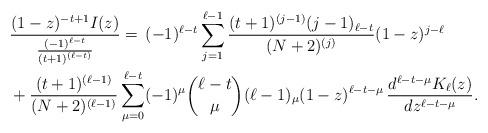
LaTeX: \begin{align*}&\frac{(1-z)^{-t+1}I(z)}{\tfrac{(-1)^{\ell-t}}{(t+1)^{(\ell-t)}}}=\,(-1)^{\ell-t}\sum_{j=1}^{\ell-1}\frac{(t+1)^{(j-1)}(j-1)_{\ell-t}}{(N+2)^{(j)}}(1-z)^{j-\ell}\\&+\frac{(t+1)^{(\ell-1)}}{(N+2)^{(\ell-1)}}\sum_{\mu=0}^{\ell-t}(-1)^{\mu}\binom{\ell-t}{\mu}(\ell-1)_{\mu}(1-z)^{\ell-t-\mu}\,\frac{d^{\ell-t-\mu} K_{\ell}(z)}{dz^{\ell-t-\mu}}.\\\end{align*}